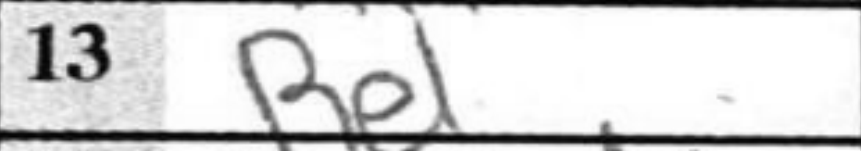
Transcription: Re1